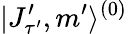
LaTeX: |J_{\tau^{\prime}}^{\prime},m^{\prime}\rangle^{(0)}